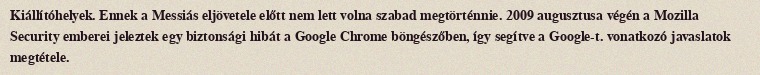
Kiállítóhelyek. Ennek a Messiás eljövetele előtt nem lett volna szabad megtörténnie. 2009 augusztusa végén a Mozilla Security emberei jeleztek egy biztonsági hibát a Google Chrome böngészőben, így segítve a Google-t. vonatkozó javaslatok megtétele.